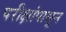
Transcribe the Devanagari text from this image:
परीक्षांपासून